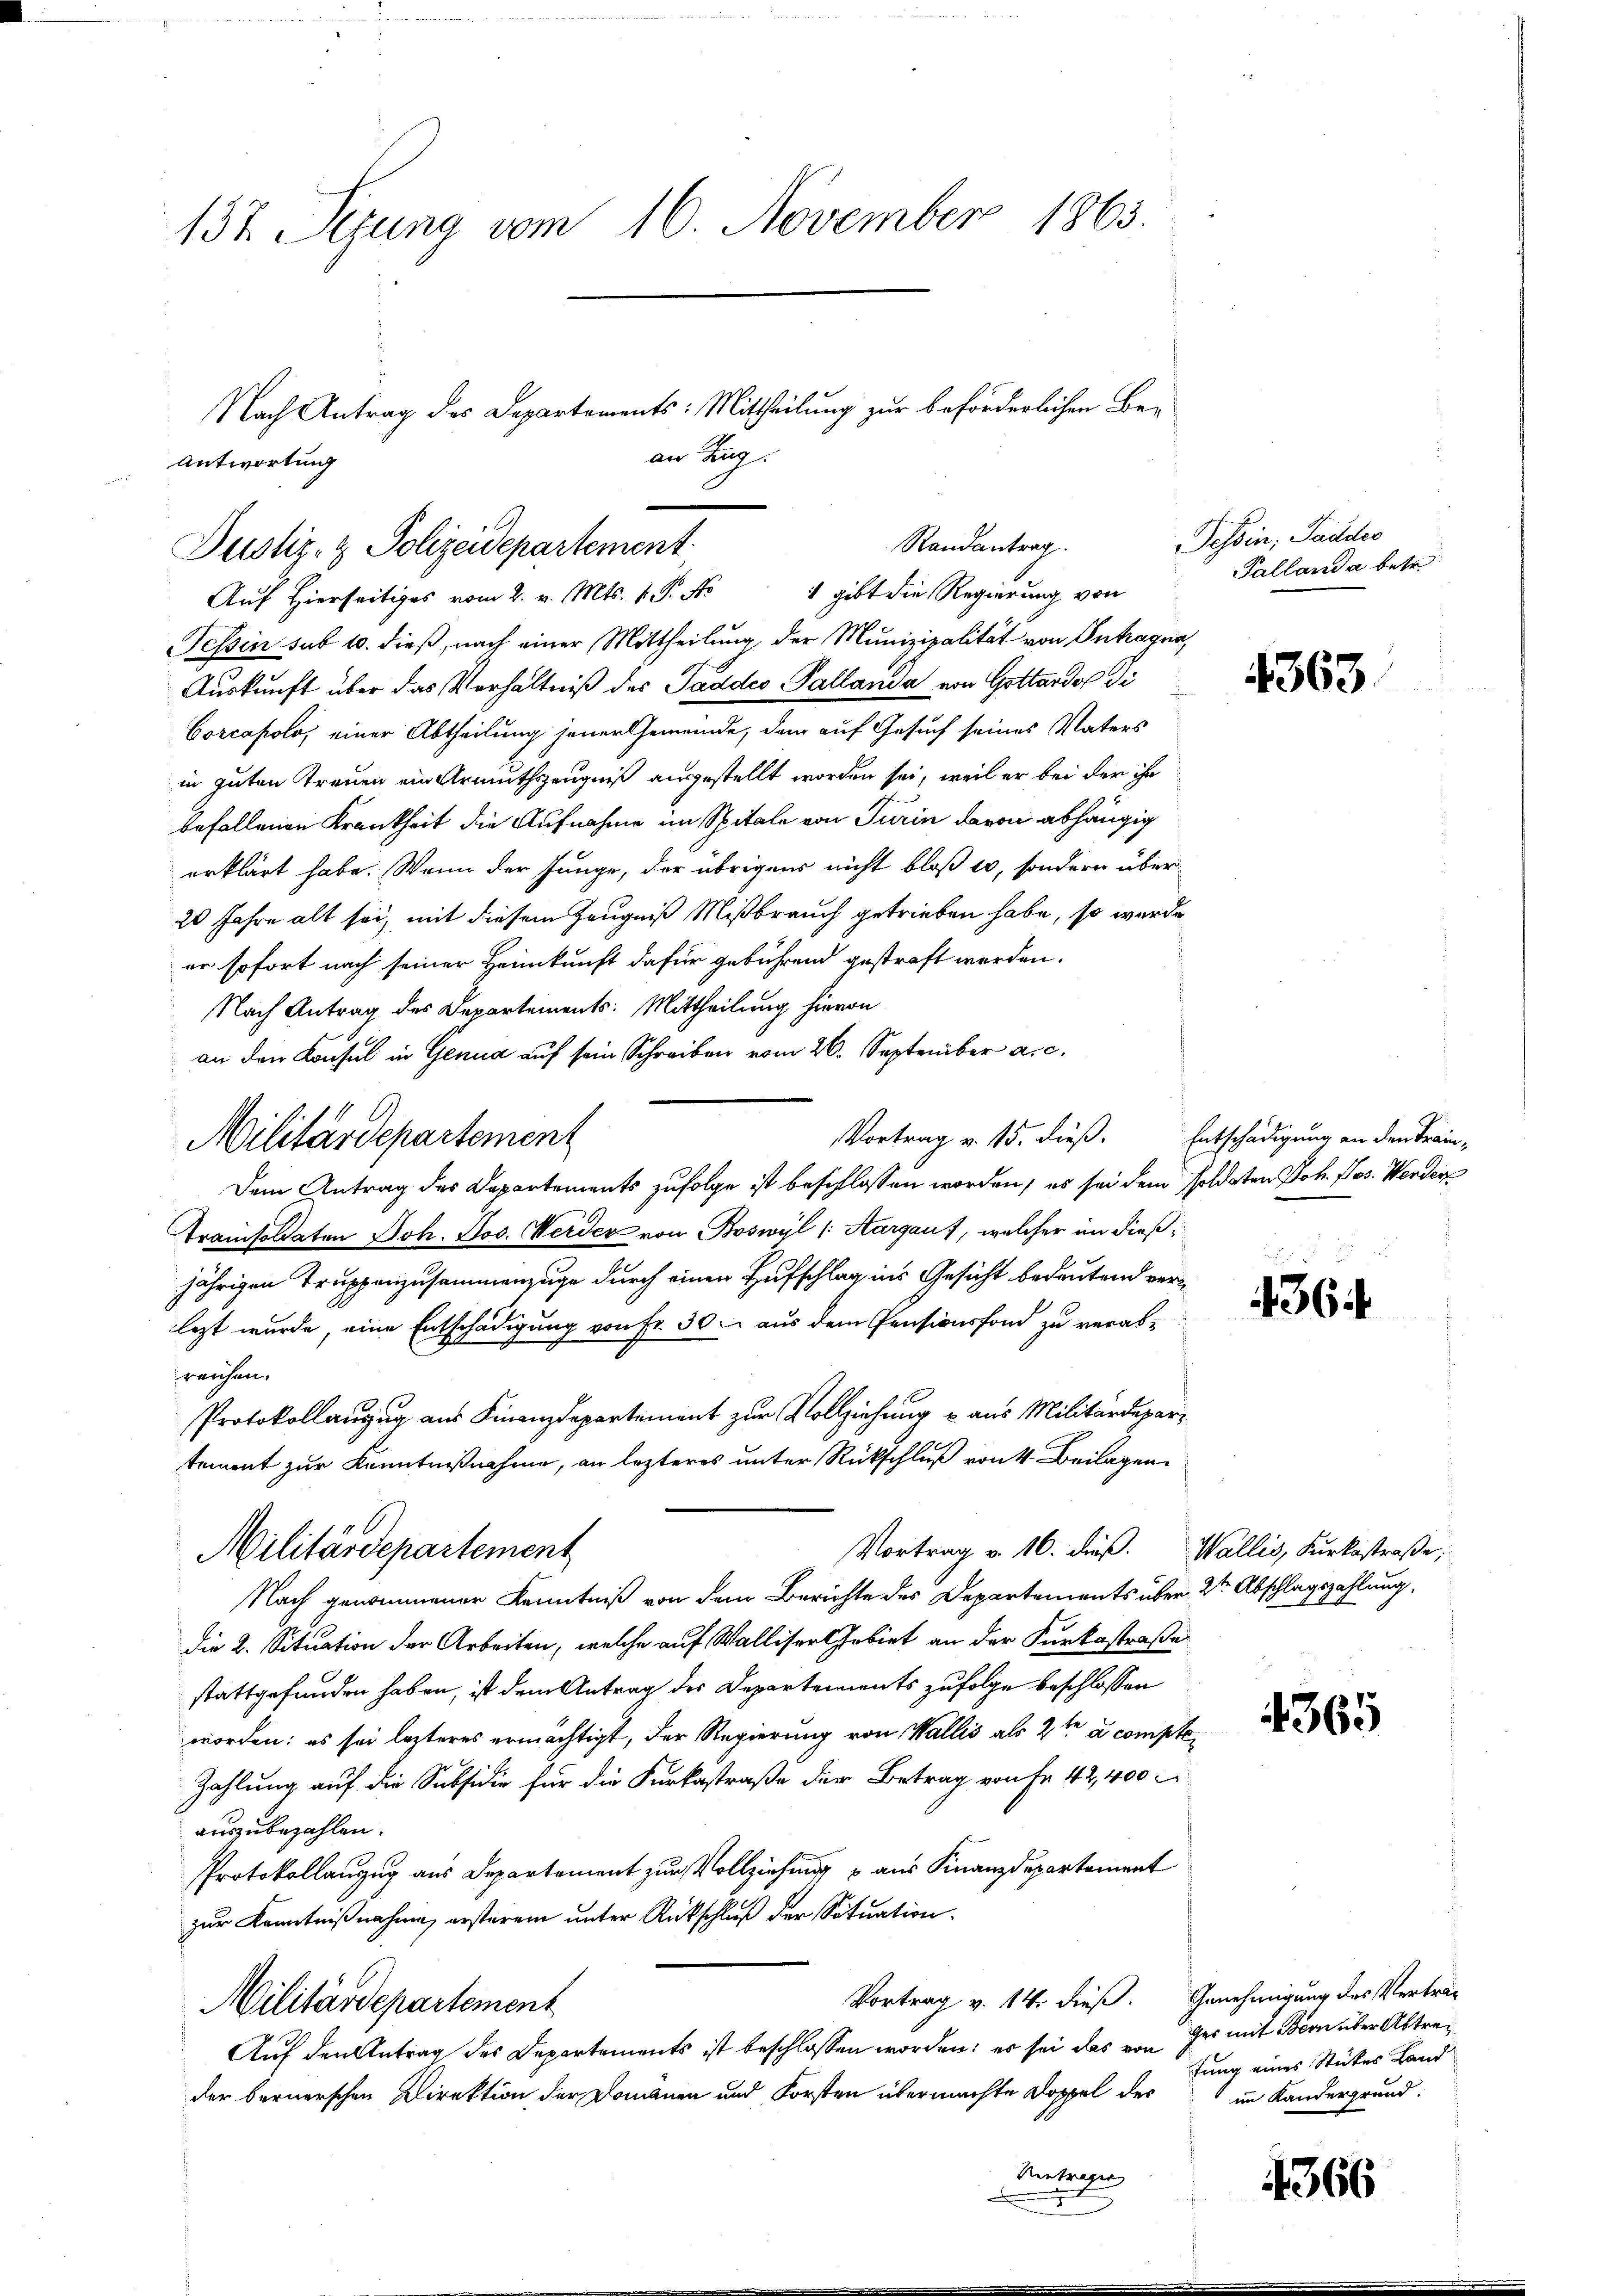
137 Sezung vom 16. November 1863.
Nach Antrag des Departements: Mittheilung zur beförderlichen Bean Tag.
Antwortung

Randantrag.
Justiz- & Polizeidepartement
 gibt die Regierung von
Auf Hierseitiges vom 2. v. Mts. v. P. No

Tessin sub 10. dieß, nach einer Mittheilung der Munizipalität von Antragna
Auskunft über das Verhältniß des Saddes Pallanda von Gottardo di
Corcapolo, einer Abtheilung jener Gemeinde, dem auf Gesuch seines Vaters
in guten Treuen ein Armuthszeugniß ausgestellt worden sei, weil er bei der ihr
befallenen Krankheit die Aufnahme im Spitale von Turin davon abhängig
erklärt habe. Wenn der Junge, der übrigens nicht bloß er, sondern über¬
20 Jahre alt sei, mit diesem Zeugniß Mißbrauch getrieben habe, so wurde
er sofort nach seiner Heimkunft dafür gebührend gestraft werden.
Nach Antrag des Departements: Mittheilung hievon
an den Konsul in Genua auf sein Schreiben vom 26. September a. c.
Vortrag v. 15. dieß. Entschädigung an den Frei-
Militärdepartement
Dem Antrag des Departements zufolge ist beschlossen worden, es sei dem soldaten Joh. Jos. Werden
Tramisoldaten Joh. Jos. Werder von Boswyl (Aargaus, welcher im dießjährigen Truppenzusammenzuge durch einen Aufschlag ins Gesicht bedeutend verlezt wurde, eine Entschädigung von Fr. 30. aus dem Pensionsfond zu verabreichen.
Protokollanzug aus Finanzdepartement zur Vollziehung u. aus Militärdepartement zur Kenntnißnahme, an lezteres unter Rückschluß von 4. Beilagen
Vortrag v. 16. dieß. Wallis, Furkostraße;
Militärdepartement
Nach genommener Kenntniß von dem Berichte des Departements über 2ten Abschlagszahlung,
die 2. Situation der Arbeiten, welche auf Walliser Gebiet an der Furkostraße
stattgefunden haben, ist dem Antrag des Departements zufolge beschlossen
worden: es sei lezteres ermächtigt, der Regierung von Wallis als 2ten a compte¬
Zahlung auf die Subsidie für die Kerkestraße der Betrag von Fr. 42,400
auszubezahlen.
Protokollanzug aus Departement zur Vollziehung u aus Finanzdepartement
zur Kenntnißnahme, ersterem unter Rückschluß der Situation.
Vortrag v. 14. dieß. Genehmigung des Vertrag
Militärdepartement
Auf den Antrag des Departements ist beschlossen worden: es sei das von des mit Bern über Abtreder bernerschen Direktion der Domänen und Forsten übermachte Doppel des
Antragen

Tessin, Saddes
Pallanda betr.

4363

4364

4365

fung eines Stückes Land
im Kandergrund

4366